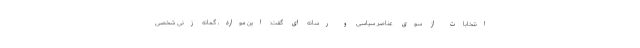
انتخابات از سوی عناصر سیاسی و رسانه ای گفت: این موارد، گمانه زنی شخصی